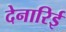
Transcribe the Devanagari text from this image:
देनारिई